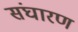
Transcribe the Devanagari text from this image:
संघारण